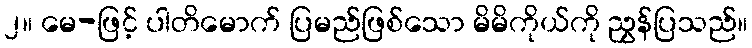
၂။ မေ-ဖြင့် ပါတိမောက် ပြမည်ဖြစ်သော မိမိကိုယ်ကို ညွှန်ပြသည်။